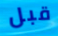
قبل